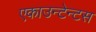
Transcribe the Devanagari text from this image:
एकाउन्टेन्टस